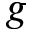
\boldsymbol { g }